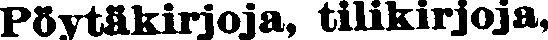
Pöytäkirjoja, tilikirjoja,